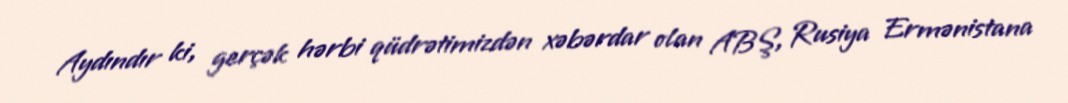
Aydındır ki, gerçək hərbi qüdrətimizdən xəbərdar olan ABŞ, Rusiya Ermənistana